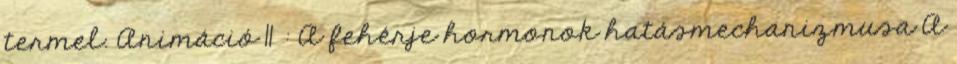
termel. Animáció 11 : A fehérje hormonok hatásmechanizmusa A